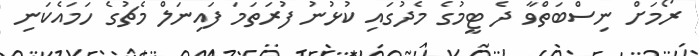
ރޯމަށް ނިސްބަތްވާ ދެ ޓީމުގެ މެދުގައި ކުޅުނު ފުރަތަމަ ފައިނަލް މެޗުގެ ހަމައެކަނި